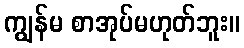
ကျွန်မ စာအုပ်မဟုတ်ဘူး။